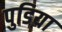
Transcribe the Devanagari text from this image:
पुडिया